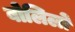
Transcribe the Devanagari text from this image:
बोलिलों